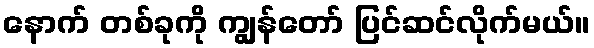
နောက် တစ်ခုကို ကျွန်တော် ပြင်ဆင်လိုက်မယ်။